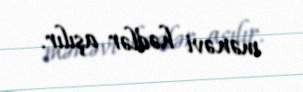
mənəvi hədlər aşılır.